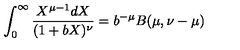
\int _ { 0 } ^ { \infty } { \frac { X ^ { \mu - 1 } d X } { ( 1 + b X ) ^ { \nu } } } = b ^ { - \mu } B ( \mu , \nu - \mu )